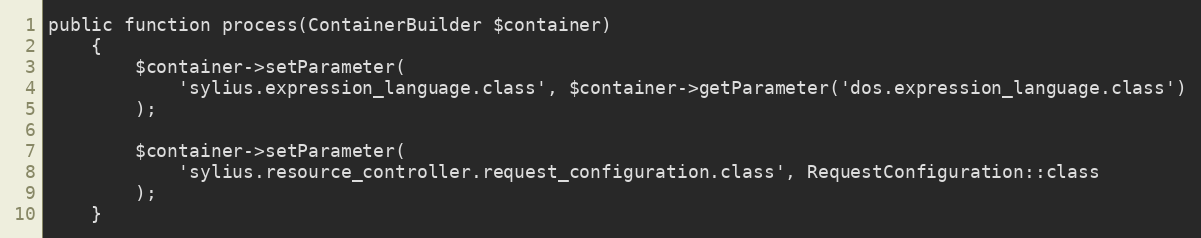
Language: PHP
public function process(ContainerBuilder $container)
    {
        $container->setParameter(
            'sylius.expression_language.class', $container->getParameter('dos.expression_language.class')
        );

        $container->setParameter(
            'sylius.resource_controller.request_configuration.class', RequestConfiguration::class
        );
    }